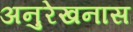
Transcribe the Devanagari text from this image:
अनुरेखनास